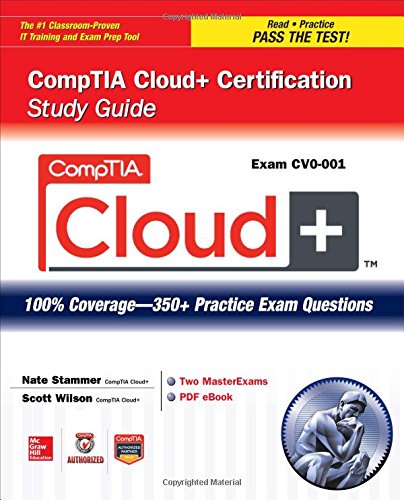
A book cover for CompTIA Cloud+ Certification Study Guide (Exam CV0-001) (Certification Press); Nate Stammer; Computers & Technology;